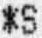
*S